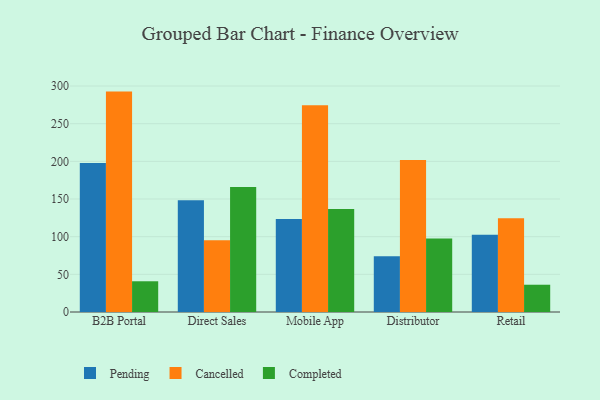
{"axis": {"x": "Channel", "y": "Demand Index"}, "legend": ["Cancelled", "Completed", "Pending"], "data": [{"x": "B2B Portal", "y": 197.7, "type": "Pending"}, {"x": "B2B Portal", "y": 292.6, "type": "Cancelled"}, {"x": "B2B Portal", "y": 40.8, "type": "Completed"}, {"x": "Direct Sales", "y": 148.3, "type": "Pending"}, {"x": "Direct Sales", "y": 95.2, "type": "Cancelled"}, {"x": "Direct Sales", "y": 166.0, "type": "Completed"}, {"x": "Mobile App", "y": 123.6, "type": "Pending"}, {"x": "Mobile App", "y": 274.6, "type": "Cancelled"}, {"x": "Mobile App", "y": 136.8, "type": "Completed"}, {"x": "Distributor", "y": 74.0, "type": "Pending"}, {"x": "Distributor", "y": 201.7, "type": "Cancelled"}, {"x": "Distributor", "y": 97.7, "type": "Completed"}, {"x": "Retail", "y": 102.5, "type": "Pending"}, {"x": "Retail", "y": 124.4, "type": "Cancelled"}, {"x": "Retail", "y": 36.2, "type": "Completed"}]}